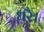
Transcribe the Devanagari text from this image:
धरै।